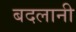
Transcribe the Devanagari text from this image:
बदलानी